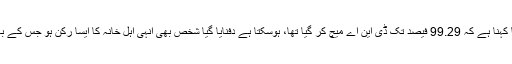
دوسری جانب لیب حکام کا کہنا ہے کہ 99.29 فیصد تک ڈی این اے میچ کر گیا تھا، ہوسکتا ہے دفنایا گیا شخص بھی انہی اہل خانہ کا ایسا رکن ہو جس کے بارے میں کوئی جانتا نہ ہو۔